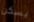
يسكن